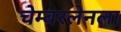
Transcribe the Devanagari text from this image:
चेम्बरलेनला